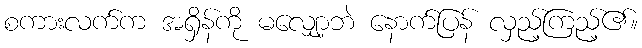
စကားလက်က အရှိန်ကို မလျှော့ဘဲ နောက်ပြန် လှည့်ကြည့်၏။